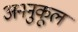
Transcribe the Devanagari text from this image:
अननुकूल